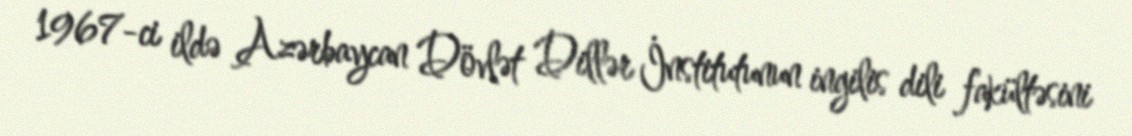
1967-ci ildə Azərbaycan Dövlət Dillər İnstitutunun ingilis dili fakültəsini